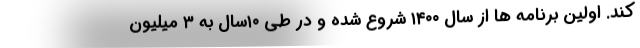
کند. اولین برنامه ها از سال ۱۴۰۰ شروع شده و در طی ۱۰سال به ۳ میلیون